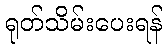
ရုတ်သိမ်းပေးရန်